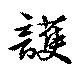
護